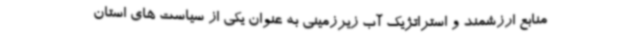
منابع ارزشمند و استراتژیک آب زیرزمینی به عنوان یکی از سیاست های استان